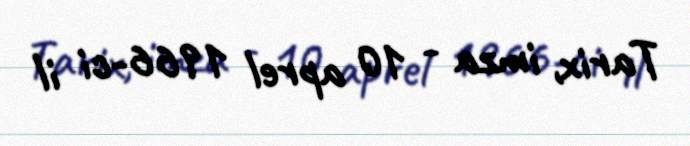
Tarix, imza - 10 aprel 1966-ci il